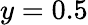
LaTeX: y=0.5